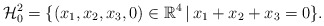
\begin{align*}\mathcal H_0^2 = \{ (x_1, x_2, x_3, 0) \in \mathbb R^4 \, | \, x_1 + x_2 + x_3 = 0 \}.\end{align*}